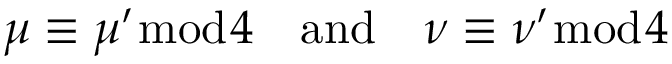
\mu \equiv \mu ^ { \prime } { \bmod { 4 } } \quad { \mathrm { a n d } } \quad \nu \equiv \nu ^ { \prime } { \bmod { 4 } }